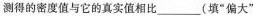
测得的密度值与它的真实值相比_______(填